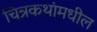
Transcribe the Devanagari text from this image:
चित्रकथांमधील